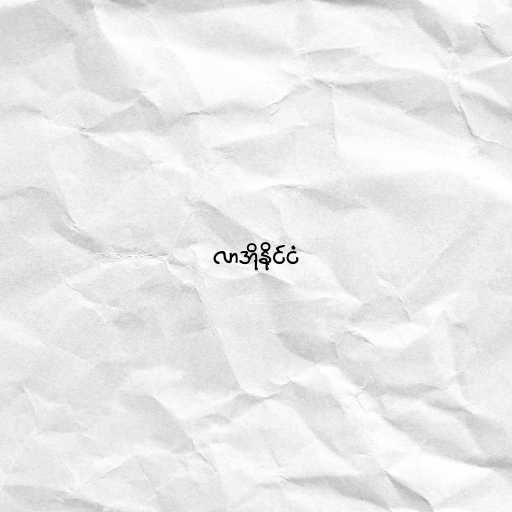
လာအိုနိုင်ငံ